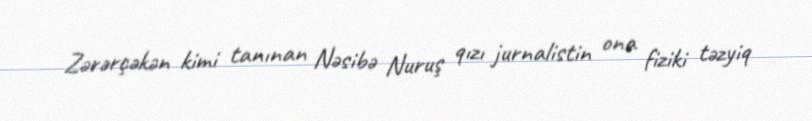
Zərərçəkən kimi tanınan Nəsibə Nuruş qızı jurnalistin ona fiziki təzyiq